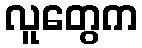
လူတွေက